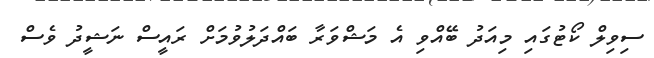
ސިވިލް ކޯޓުގައި މިއަދު ބޭއްވި އެ މަޝްވަރާ ބައްދަލުވުމަށް ރައީސް ނަޝީދު ވެސް